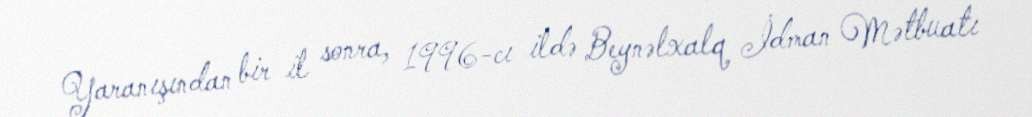
Yaranışından bir il sonra, 1996-cı ildə Beynəlxalq İdman Mətbuatı